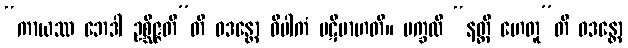
“ကာယဿ ဘေဒါ ဥစ္ဆိဇ္ဇတီ”တိ ဝဒန္တော ဝိပါကံ ပဋိဗာဟတိ။ မက္ခလိ “နတ္ထိ ဟေတူ”တိ ဝဒန္တော